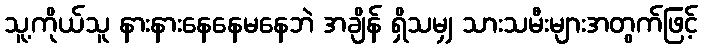
သူ့ကိုယ်သူ နားနားနေနေမနေဘဲ အချိန် ရှိသမျှ သားသမီးများအတွက်ဖြင့်